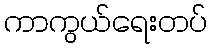
ကာကွယ်ရေးတပ်